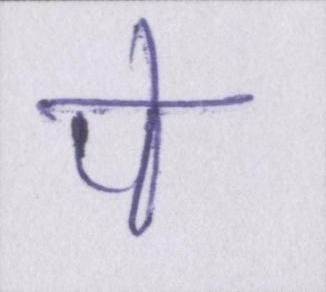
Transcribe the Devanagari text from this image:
पे